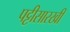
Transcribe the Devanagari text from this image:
पट्टीसारखी